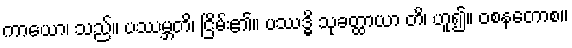
ကာယော၊ သည်။ ပဿမ္ဘတိ၊ ငြိမ်း၏။ ပဿဒ္ဓိ သုခတ္ထာယာ တိ၊ ဟူ၍။ ဝစနတောစ။